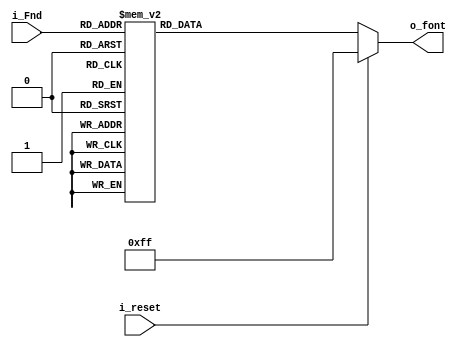
`timescale 1ns / 1ps
//////////////////////////////////////////////////////////////////////////////////
// Company: 
// Engineer: 
// 
// Design Name: 
// Module Name: BCDtoFND_decoder
// Project Name: 
// Target Devices: 
// Tool Versions: 
// Description: 
// 
// Dependencies: 
// 
// Revision:
// Revision 0.01 - File Created
// Additional Comments:
// 
//////////////////////////////////////////////////////////////////////////////////


module BCDtoFND_decoder(
    input i_reset,
    input [3:0] i_Fnd,
    output [7:0] o_font
    );

    reg [7:0] r_font;
    assign o_font = r_font;
    
    always @(*) begin
        if(i_reset) begin
            r_font <= 8'hff;
        end
        else begin
            case (i_Fnd)
                4'h0 : r_font <= 8'hc0;
                4'h1 : r_font <= 8'hf9;
                4'h2 : r_font <= 8'ha4;
                4'h3 : r_font <= 8'hb0;
                4'h4 : r_font <= 8'h99;
                4'h5 : r_font <= 8'h92;
                4'h6 : r_font <= 8'h82;
                4'h7 : r_font <= 8'hf8;
                4'h8 : r_font <= 8'h80;
                4'h9 : r_font <= 8'h90;
                4'ha : r_font <= 8'h7f;
                default: r_font <= 8'hff;
            endcase
        end
    end
endmodule